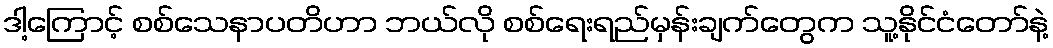
ဒါ့ကြောင့် စစ်သေနာပတိဟာ ဘယ်လို စစ်ရေးရည်မှန်းချက်တွေက သူ့နိုင်ငံတော်နဲ့